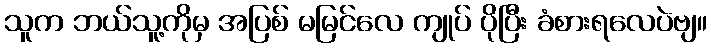
သူက ဘယ်သူ့ကိုမှ အပြစ် မမြင်လေ ကျုပ် ပိုပြီး ခံစားရလေပဲဗျ။